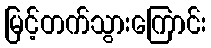
မြင့်တက်သွားကြောင်း